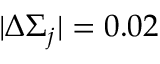
| \Delta \Sigma _ { j } | = 0 . 0 2